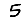
Digit: 5